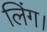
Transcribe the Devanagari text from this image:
लिंग।